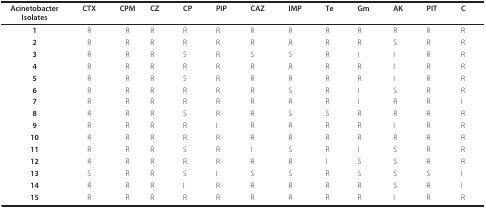
| AcinetobacterIsolates | CTX | CPM | CZ | CP | PIP | CAZ | IMP | Te | Gm | AK | PIT | C |
 | --- | --- | --- | --- | --- | --- | --- | --- | --- | --- | --- | --- | --- |
 | 1 | R | R | R | R | R | R | R | R | R | R | R | R |
 | 2 | R | R | R | R | R | R | R | R | R | S | R | R |
 | 3 | R | R | R | S | R | S | S | R | I | I | R | R |
 | 4 | R | R | R | R | R | R | R | R | R | I | R | R |
 | 5 | R | R | R | S | R | R | R | R | R | I | R | R |
 | 6 | R | R | R | R | R | R | S | R | I | S | R | R |
 | 7 | R | R | R | R | R | R | R | R | I | R | R | I |
 | 8 | R | R | R | S | R | R | S | S | R | R | R | R |
 | 9 | R | R | R | R | I | R | R | R | R | I | R | R |
 | 10 | R | R | R | R | R | R | R | R | R | R | R | R |
 | 11 | R | R | R | S | R | I | S | R | I | S | R | R |
 | 12 | R | R | R | R | R | R | R | I | S | S | R | R |
 | 13 | S | R | R | S | I | S | S | R | S | S | S | I |
 | 14 | R | R | R | I | R | R | R | R | R | S | R | I |
 | 15 | R | R | R | R | R | R | R | R | R | I | R | R |